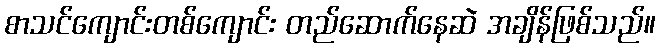
စာသင်ကျောင်းတစ်ကျောင်း တည်ဆောက်နေဆဲ အချိန်ဖြစ်သည်။